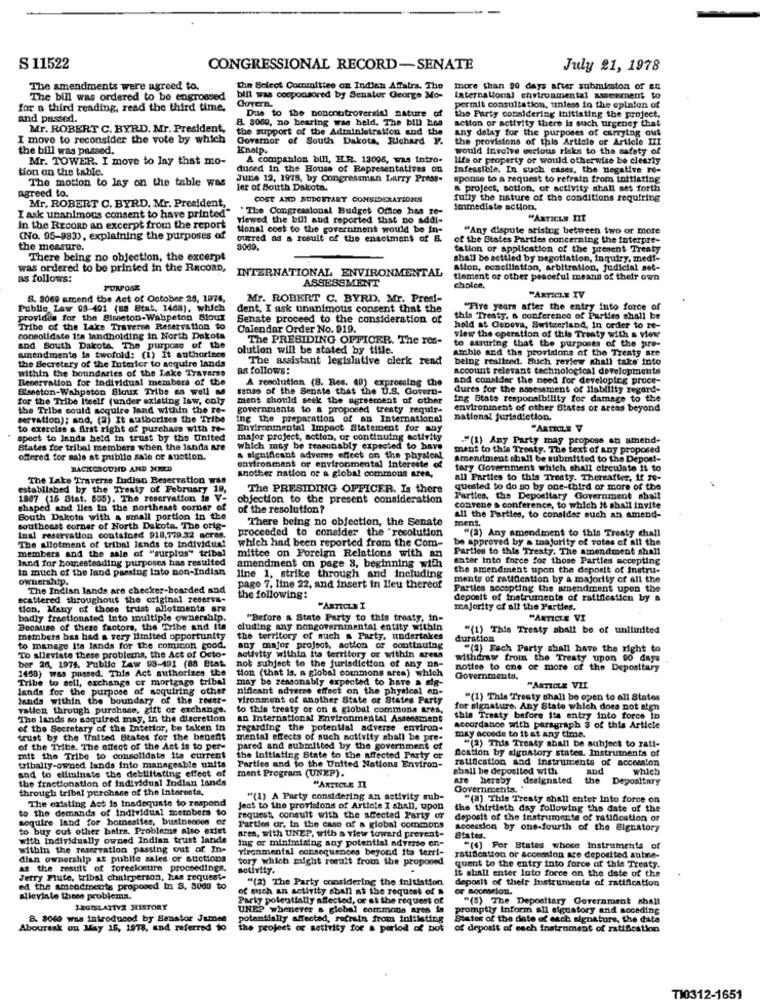
S 11522
CONGRESSIONAL RECORD-SENATE
July 21, 1978
The amendments were agreed to.
Che Select Committee on Indien Affairs. The
more than 90 days after submission of en
The bill was ordered to be engrossed
Govern.
bill was cosponsored by Senator George Mo-
International environmental assessment to
for a third reading, read the third time.
permit consultation, unless in the opinion of
and passed.
8. 5000, no bearing was held. The bill has
Due to the noncontroversial nature of
the Party considering Initiating the project,
Mr. ROBERT C. BYRD. Mr. President,
the support of the Administration and the
any delay for the purposes of carrying out
action or activity there is such urgency that
I move to reconsider the vote by which
Governor of South Dakota, Richard Y.
the provisions of this Article of Article III
the bill was passed.
Knalp.
would Involve curious risks to the safety of
Mr. TOWER. I move to lay that mo-
A companion bill, ILR. 13095, was intro-
Ilts or property or would otherwise be clearly
tion on the table.
duced In the House of Representatives on
Infeasible. In such cases, the negative re-
The motion to lay on the table was
June 12, 1978, by Congressman Larry Press-
sponse to a request to refrain from Lottiating
agreed to.
ler of South Dakota.
s project, sotion, or activity ahall set forth
COST AND BUDGETARY CONSIDERATIONS
fully the nature of the conditions requiring
Mr. ROBERT C. BYRD. Mr. President,
"The Congressional Budget Office has To-
Immediate action.
I ask unanimous consent to have printed"
viewed the bill and reported that no sddi-
"ARTICLE III
In the ReconD an excerpt from the report
Monal cost to the government would be in-
"Any dispute arising between two or more
(No. 95-983), explaining the purposes of
oured as a result of the enactment of 8.
of the States Parties concerning the interpre-
the measure.
tallon or application of the present Treaty
There being no objection, the excerpt
shall be settled by negotiation, inquiry, med !-
was ordered to be printed in the RECORD,
Allon, conciliation, arbitration, judicial set-
as follows:
INTERNATIONAL ENVIRONMENTAL
ASSESSMENT
tlement or other peaceful means of their own
PURPOSE
cholce,
8. 3060 amend the Act of October 25, 1974.
Mr. ROBERT C. BYRD. Mr. Predi-
"ARTICLE IV
Public Law 93-401 (88 Etat, 1468), which
dent, I ask unanimous consent that the
"Five years after the entry into force of
provides for the Sisseton-Wahpeton Sioux
Senate proceed to the consideration of
this Treaty. a conference of Parties shall be
Tribe of the Lake Traverse Reservation to
Calendar Order No. 919.
hold at Genova, Switzerland, In order to re-
consolidate its landholding in North Dakota
The PRESIDING OFFICER. The ros-
to ssuring that the purposes of the pre-
view the operation of this Treaty with a view
and South Dakota. The purpose of the
olution will be stated by title.
Amble and the providdons of the Treaty sre
amendments is twofold: (1) It authorines
the Becretary of the Interior to acquire lands
The assistant legislative clerk rend
being realized. Buch review shall take into
within the boundaries of the Lake Traverse
as follows:
account relevant technological developments
Reservation for individual members of the
A resolution (8. Res. 40) expressing the
and consider the need for developing proce-
Bleseton-Wahpeton Sloux Tribe as well as
senso of the Senate that the U.S. Govern-
dures for the assessment of Ilability regard-
for the Tribe Itself (under existing law, only
ment should seek the agreement of other
ing Stats responsibility for damage to the
the Tribe could acquire land within the re-
governments to a proposed treaty requir-
environment of other States or areas beyond
servation); and, (2) It authorizes the Tribe
ing the preparation of an International
national jurisdiction.
to exercise & first right of purchase with re-
Environmental Impact Statement for any
"ARTICLE V
spect to lands held in trust by the United
major project, action, or continuing activity
."(1) Any Party may propose an amend-
States for tribal members when the landa are
which may be reasonably expected to have
ment to this Treaty. The text of any proposed
offered for sale at publie sale or suction.
a significant adverse effect on the physionl
Amendment shall be submitted to the Depos !-
BACKGROUND AND NEED
another nation or a global commons aren,
environment or environmental Intereste of
tory Government which shall circulate it to
The Lake Traverse Ludisu Reservation was
all Parties to this Tresty. Thereafter, If Te-
established by the Treaty of February 19,
The PRESIDING OFFICER. Is there
quested to do so by one-third or more of the
1807 (15 Stat. 505). The reservation is V
objection to the present consideration
Parties, the Depositary Government shall
shaped and lles In the northeast corner of
of the resolution?
convene a conference, to which it shall invite
South Dakota with a small portion in the
There being no objection, the Senate
all the Parties, to consider such an amend-
ment.
southeast corner of North Dakota. The orig-
proceeded to consider the resolution
"(2) Any amendment to this Treaty chall
Inal reservation contained 918,779.32 acres.
The Allotment of tribal lands to individual
which had been reported from the Com-
be approved by a majority of votes of all the
members and the sale of "surplus" tribal
mittee on Foreign Relations with a
Parties to this Treaty. The amendment shall
land for bomestesding purposes has resulted
amendment on page 3, beginning with
enter into force for those Parties accepting
In much of the land passing Into non-Indian
line 1, strike through and including
the amendment upon the deposit of instru-
ownership.
ments of ratification by a majority of all the
The Indian lands are checker-boarded and
page 7, line 22, and insert in Lieu thereof
Parties accepting the amendment upon the
scattered throughout the original reserva-
the following:
deposit of instruments of ratification by a
tion, Many of these trust allotments are
"ARTICLE I
majority of all the Parties.
badly freetionsted Into multiple ownership.
"Before & State Party to this treaty, in-
"ARTICLE VI
Because of these factors, the Tribe and Ita . cluding any nongovernmental entity within
"(1) This Tresty shall be of unlimited
members bas had a very Itaited opportunity
the territory of such a Party. undertakes
duration
to manage its lands for the comicon good.
any major project, action or continuing
"(2) Each Party shall have the right to
ber 26, 1974, Public LAW 93-191 (88 Etat.
To alleviate these problems, the Act of Octo-
activity within its territory or within aress
withdraw from the Treaty upon 00 days
1468) was passed. This Act authorizes the
tion (that is, a global commons area) which
not subject to the jurisdiction of any na-
nottes to one or more of the Depositary
Tribe to sell, exchange or mortgage tribal
may be reasonably expected to have a
Governmenta.
lands for the purpose of soquiring other
nifleant adverse effect on the physical an-
"ARTICLE VIL
lands within the boundary of the recer-
vironment of another State or States Party
"(1) This Treaty shall be open to all States
vation through purchase, gift or exchange.
to this treaty or on a global commons Ares,
for signature. Any State which does not sign
The lands so soquired may, in the discretion
an International Environmental Assessment
this Treaty before its entry into force In
of the Secretary of the Interior, be taken in
regarding the potential adverse environ-
accordance with paragraph 8 of this Article
trust by the United States for the benent
mental effects of such notivity sball be pre-
may accede to it at any time.
"(2) This Treaty shall be subject to rati-
of the Tribe. The effect of the Act is to per-
pared and submitted by the government of
Acation by sigustory states. Instruments of
mit the Tribe to consolidate ita current
the initiating State to the affected Party or
ratification and instruments of accession
and to eliminate the debilitating effect of
tribally-owned lands into manageable units
ment Program (UNEP).
Parties and to the United Nations Environ-
shall be deposited with
and
which
the fractionation of Individual Indian lands
Are hereby designated
the
Depositary
through tribal purchase of the Interesta.
"ARTICLE IT
Governments. "
The existing Act is Inadequate to respond
"(1) A Party considering an activity rub-
"(8) This Treaty shall enter Into force on
to the demanda of Individual members to
Jest to the provisions of Article I shall, upon
the thirtieth day following the date of the
sequire land for homesites, bustnennen or
request consult with the acected Party of
deposit of the instrumente of ratification or
to buy out other beira. Problems also exlet
area, with UNEP, with a view toward prevent-
Parties or, In the case of a global commons
Acoession by one-fourth of the Signatory
with Individually owned Indian trust larile
ing or minimizing any potential adverse on-
States.
within the reservation passing out of In-
vironmental consequences beyond ita terri-
or States whose Instruments of
dian ownership at publie sales or auctions
tory which might result from the proponed
ratification or accession are deposited subse-
As the result of foreclosure proceedings.
activity.
quent to the entry into force of this Treaty.
it shall enter Into force on the date of the
Jerry Flute, tribal chairperson, has request-
"(2) The Party considering the initiation
deposit of their Instruments of ratification
ed the amendments proposed in S. 8085 to
of such an activity shall at the request of a
or socession.
alleviate these problems.
Party potentially affected, or at the request of
"(5) The Depositary Government shall
1-EGISLAITVE HISTORY
UNEP whenever s global commons ares in
promptly Inform all signatory and soceding
8. 3060 was introduced by Senator James
potantially affected, refrain from initiating
States of the date of each signature, the date
Abourask ou May 15, 1978, and referred to
the project of setivity for a period of bot
of deposit of each instrument of ratification
1651